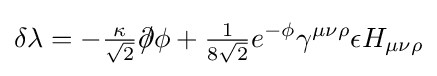
\delta \lambda =-{\tfrac {\kappa }{\sqrt {2}}}{\partial \!\!\!/}\phi +{\tfrac {1}{8{\sqrt {2}}}}e^{-\phi }\gamma ^{\mu \nu \rho }\epsilon H_{\mu \nu \rho }